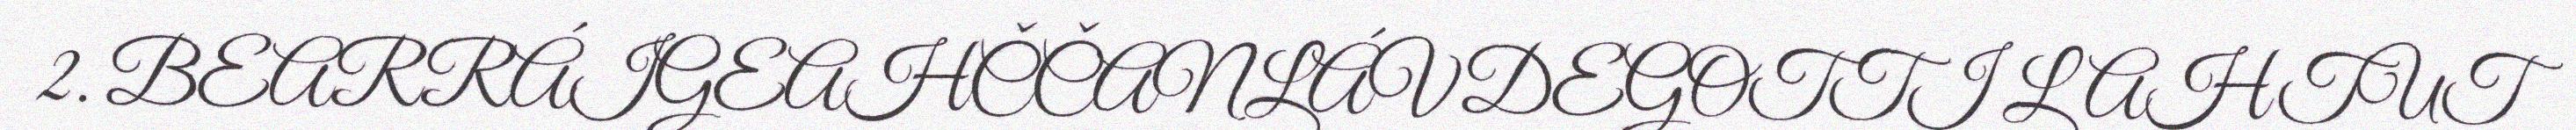
2. BEARRÁIGEAHČČANLÁVDEGOTTI LAHTUT